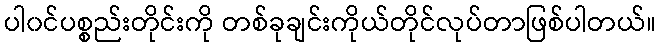
ပါ၀င်ပစ္စည်းတိုင်းကို တစ်ခုချင်းကိုယ်တိုင်လုပ်တာဖြစ်ပါတယ်။